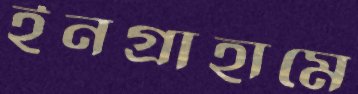
ইনগ্রাহামে